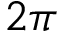
2 \pi